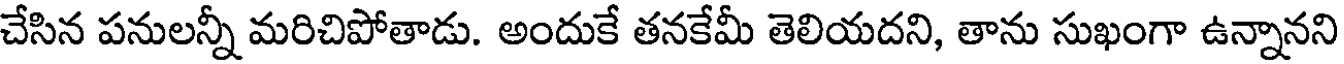
చేసిన పనులన్నీ మరిచిపోతాడు. అందుకే తనకేమీ తెలియదని, తాను సుఖంగా ఉన్నానని